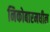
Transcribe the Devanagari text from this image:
निकोबारमधील